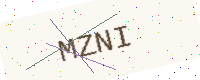
Text: MZNI